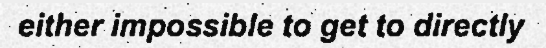
either impossible to get to directly